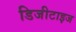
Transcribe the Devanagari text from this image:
डिजीटाइज